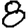
Digit: 8